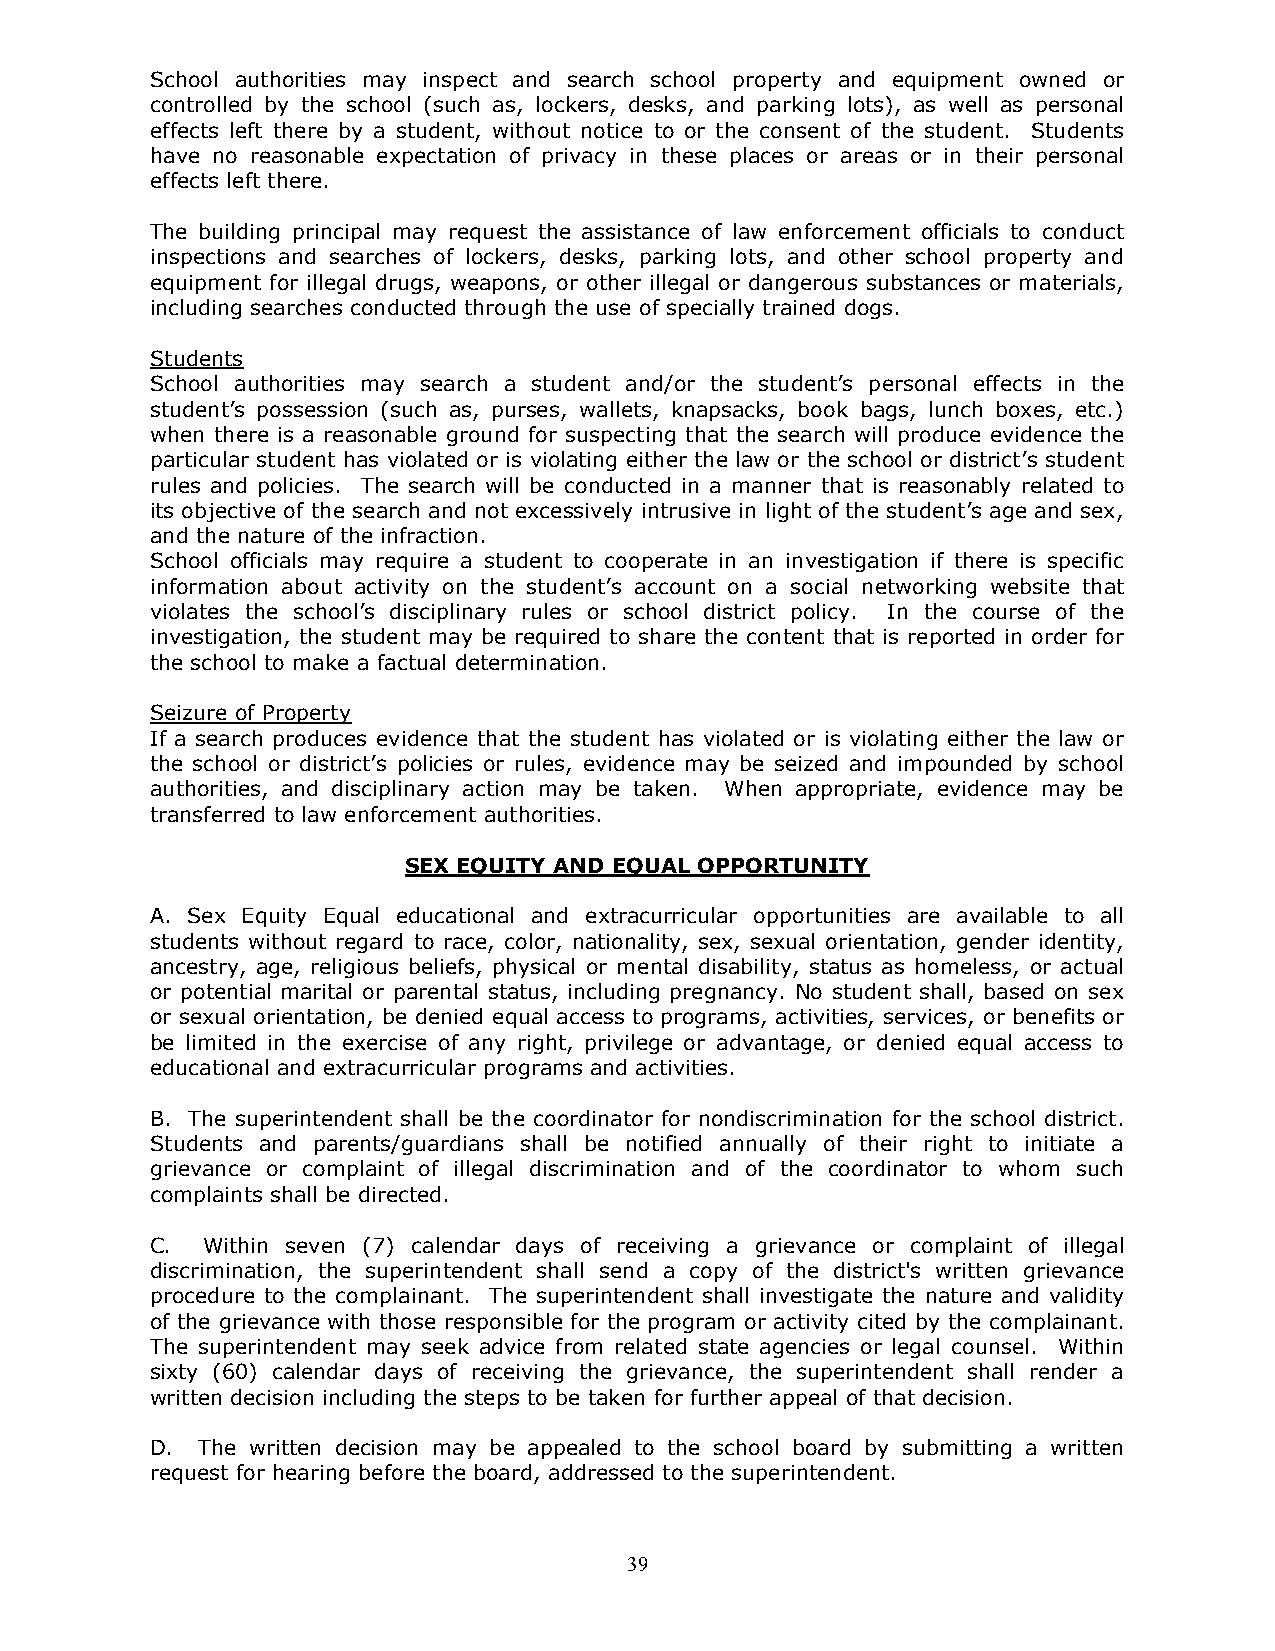
School authorities may inspect and search school property and equipment owned or
 controlled by the school (such as, lockers, desks, and parking lots), as well as personal
 effects left there by a student, without notice to or the consent of the student. Students
 have no reasonable expectation of privacy in these places or areas or in their personal
 effects left there.
 The building principal may request the assistance of law enforcement officials to conduct
 inspections and searches of lockers, desks, parking lots, and other school property and
 equipment for illegal drugs, weapons, or other illegal or dangerous substances or materials,
 including searches conducted through the use of specially trained dogs.
 Students
 School authorities may search a student and/or the student’s personal effects in the
 student’s possession (such as, purses, wallets, knapsacks, book bags, lunch boxes, etc.)
 when there is a reasonable ground for suspecting that the search will produce evidence the
 particular student has violated or is violating either the law or the school or district’s student
 rules and policies. The search will be conducted in a manner that is reasonably related to
 its objective of the search and not excessively intrusive in light of the student’s age and sex,
 and the nature of the infraction.
 School officials may require a student to cooperate in an investigation if there is specific
 information about activity on the student’s account on a social networking website that
 violates the school’s disciplinary rules or school district policy. In the course of the
 investigation, the student may be required to share the content that is reported in order for
 the school to make a factual determination.
 Seizure of Property
 If a search produces evidence that the student has violated or is violating either the law or
 the school or district’s policies or rules, evidence may be seized and impounded by school
 authorities, and disciplinary action may be taken. When appropriate, evidence may be
 transferred to law enforcement authorities.
 SEX EQUITY AND EQUAL OPPORTUNITY
 A. Sex Equity Equal educational and extracurricular opportunities are available to all
 students without regard to race, color, nationality, sex, sexual orientation, gender identity,
 ancestry, age, religious beliefs, physical or mental disability, status as homeless, or actual
 or potential marital or parental status, including pregnancy. No student shall, based on sex
 or sexual orientation, be denied equal access to programs, activities, services, or benefits or
 be limited in the exercise of any right, privilege or advantage, or denied equal access to
 educational and extracurricular programs and activities.
 B. The superintendent shall be the coordinator for nondiscrimination for the school district.
 Students and parents/guardians shall be notified annually of their right to initiate a
 grievance or complaint of illegal discrimination and of the coordinator to whom such
 complaints shall be directed.
 C. Within seven (7) calendar days of receiving a grievance or complaint of illegal
 discrimination, the superintendent shall send a copy of the district's written grievance
 procedure to the complainant. The superintendent shall investigate the nature and validity
 of the grievance with those responsible for the program or activity cited by the complainant.
 The superintendent may seek advice from related state agencies or legal counsel. Within
 sixty (60) calendar days of receiving the grievance, the superintendent shall render a
 written decision including the steps to be taken for further appeal of that decision.
 D. The written decision may be appealed to the school board by submitting a written
 request for hearing before the board, addressed to the superintendent.
 39